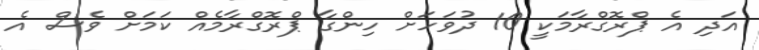
އަދި އެ ޕްރޮގްރާމަކީ 10 ދުވަހަށް ހިންގާ ޕްރޮގްރާމެއް ކަމަށް ވެސް އެ